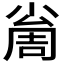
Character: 𡮚